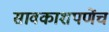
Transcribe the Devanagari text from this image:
सावकाशपणेंच